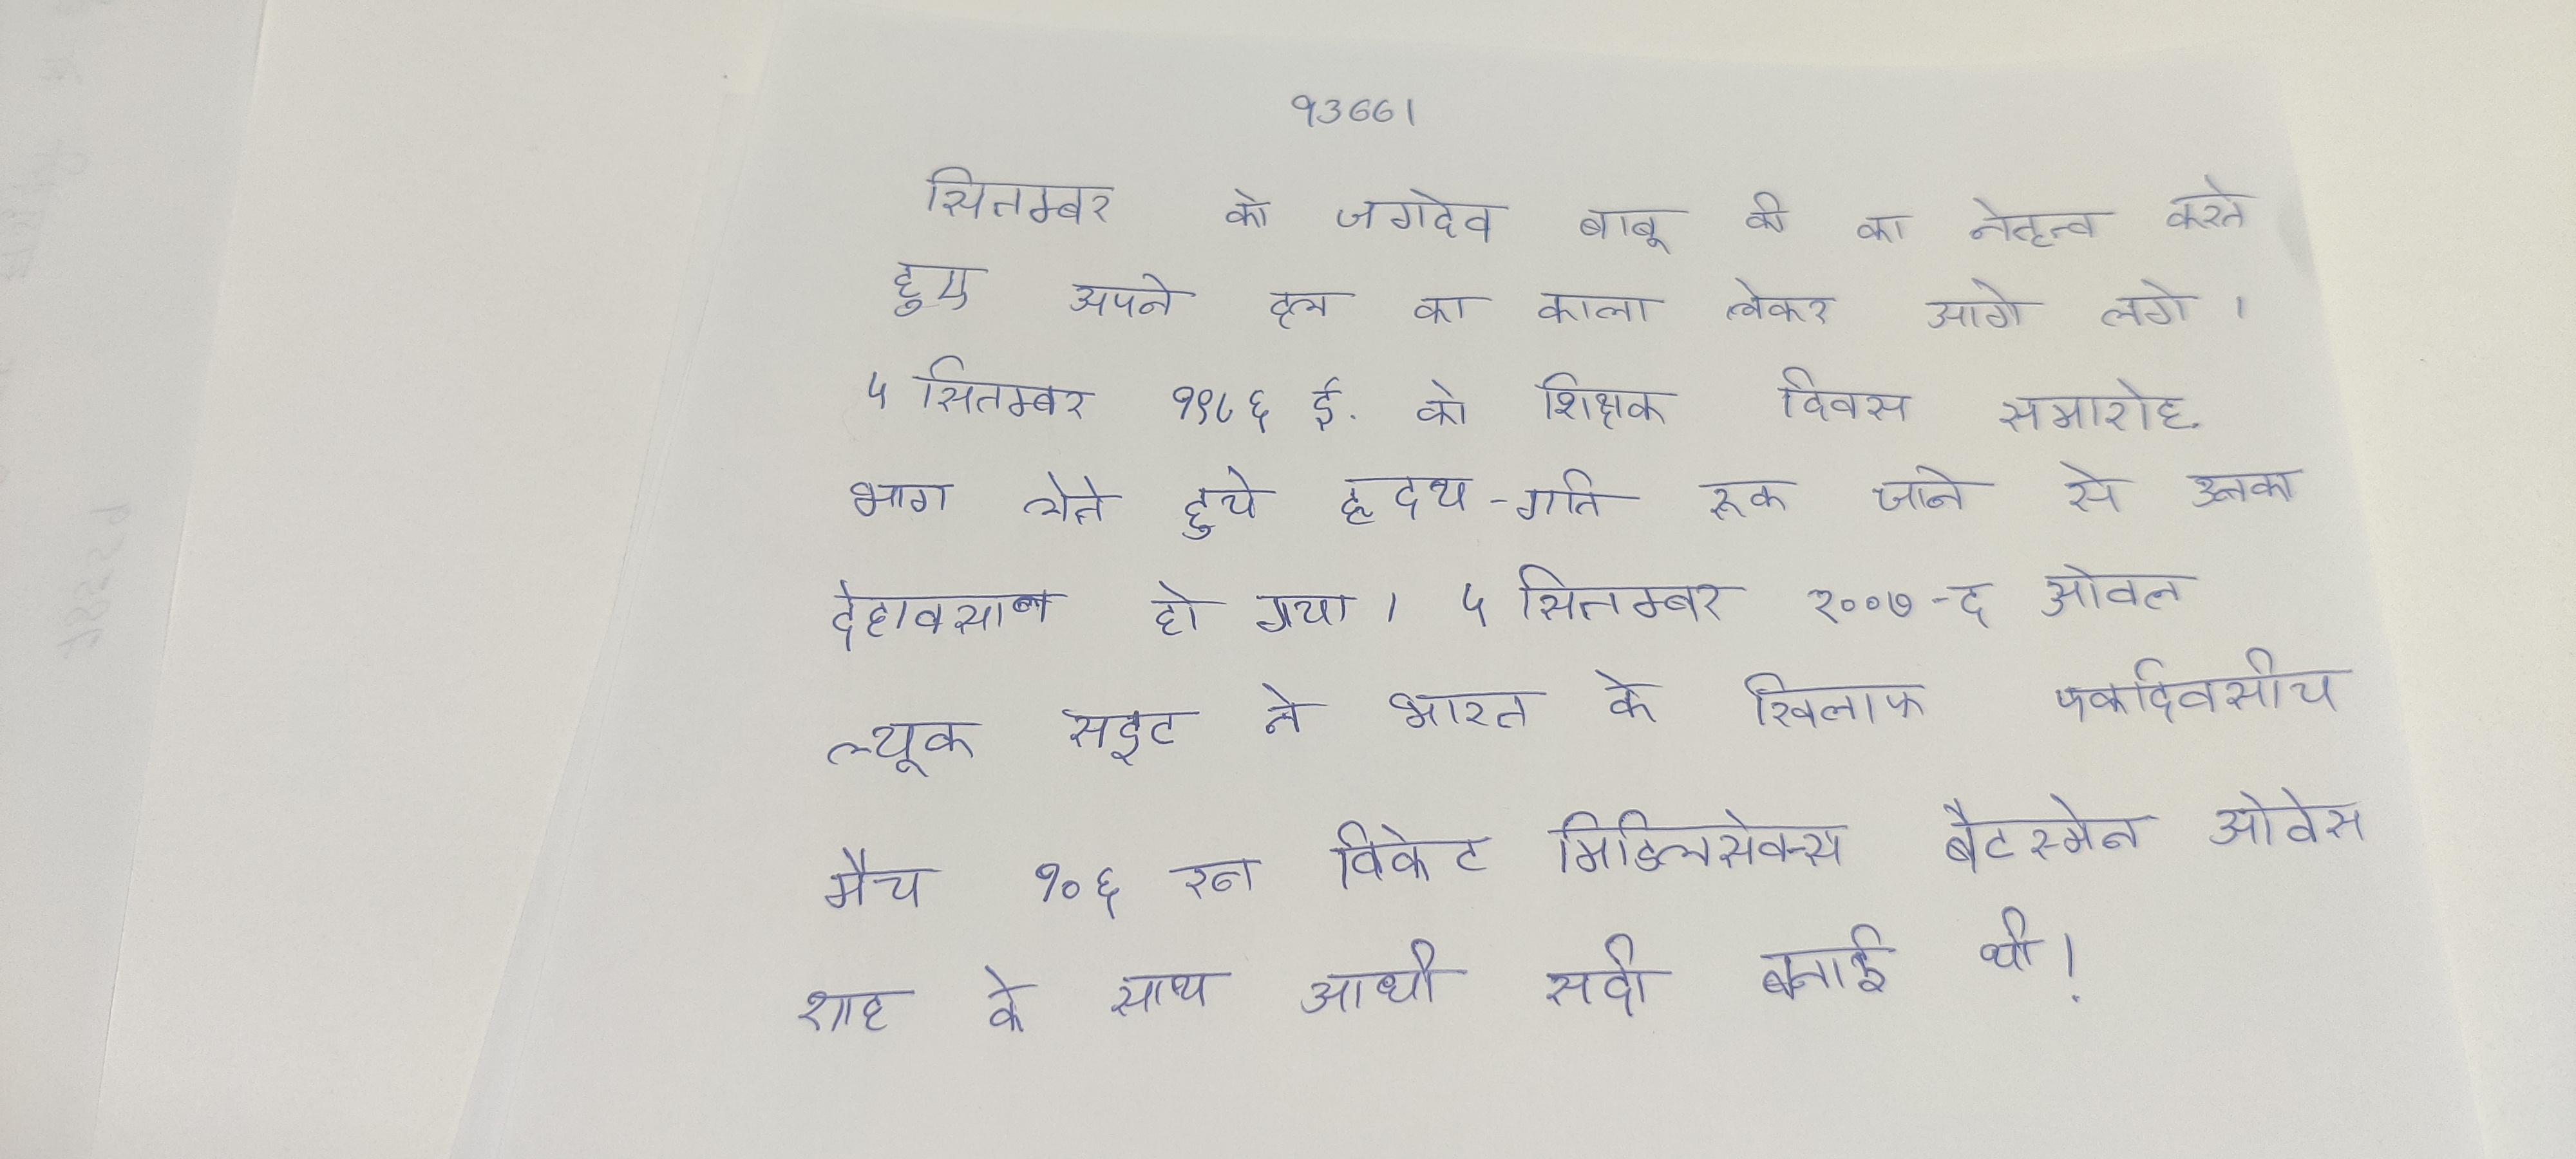
सितम्बर को जगदेव बाबू की का नेतृत्व करते हुए अपने दल का काला लेकर आगे लगे । ५ सितम्बर १९८६ ई. को शिक्षक दिवस समारोह भाग लेते हुये हृदय-गति रुक जाने से उनका देहावसान हो गया । ५ सितम्बर २००७-द ओवल ल्यूक राइट ने भारत के खिलाफ एकदिवसीय मैच १०६ रन विकेट मिडिलसेक्स बैटस्मेन ओवेस शाह के साथ आधी सदी बनाई थी ।